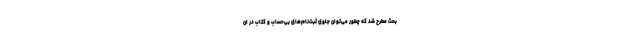
بحث مطرح شد که چطور می‌توان جلوی ثبت‌نام‌های بی‌حساب و کتاب در ان